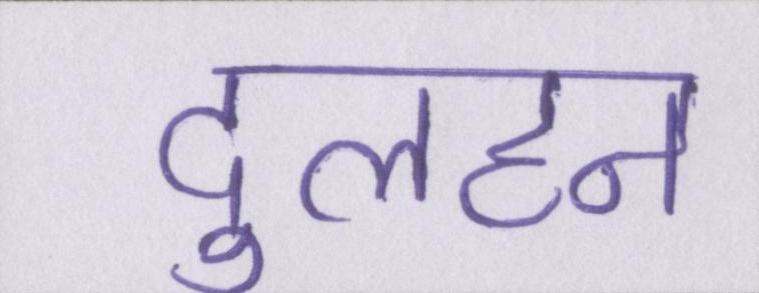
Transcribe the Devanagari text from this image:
दुलहन